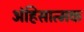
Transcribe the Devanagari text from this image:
अंहिसात्मक